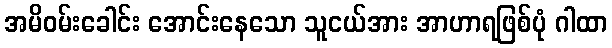
အမိဝမ်းခေါင်း အောင်းနေသော သူငယ်အား အာဟာရဖြစ်ပုံ ဂါထာ